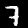
Digit: 7